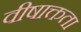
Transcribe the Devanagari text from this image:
वीषाक्तता